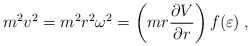
\begin{align*}m^2 v^2 = m^2 r^2 \omega^2 =\left( mr\frac{\partial V}{\partial r} \right) f(\varepsilon)\;,\end{align*}